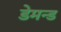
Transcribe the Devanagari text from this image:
डेमन्ड